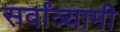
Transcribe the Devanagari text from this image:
सर्वांत्र्यामी